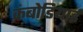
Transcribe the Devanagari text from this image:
कंबोडियाई